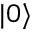
| 0 \rangle